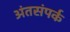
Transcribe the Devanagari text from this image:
अंतसंपर्क